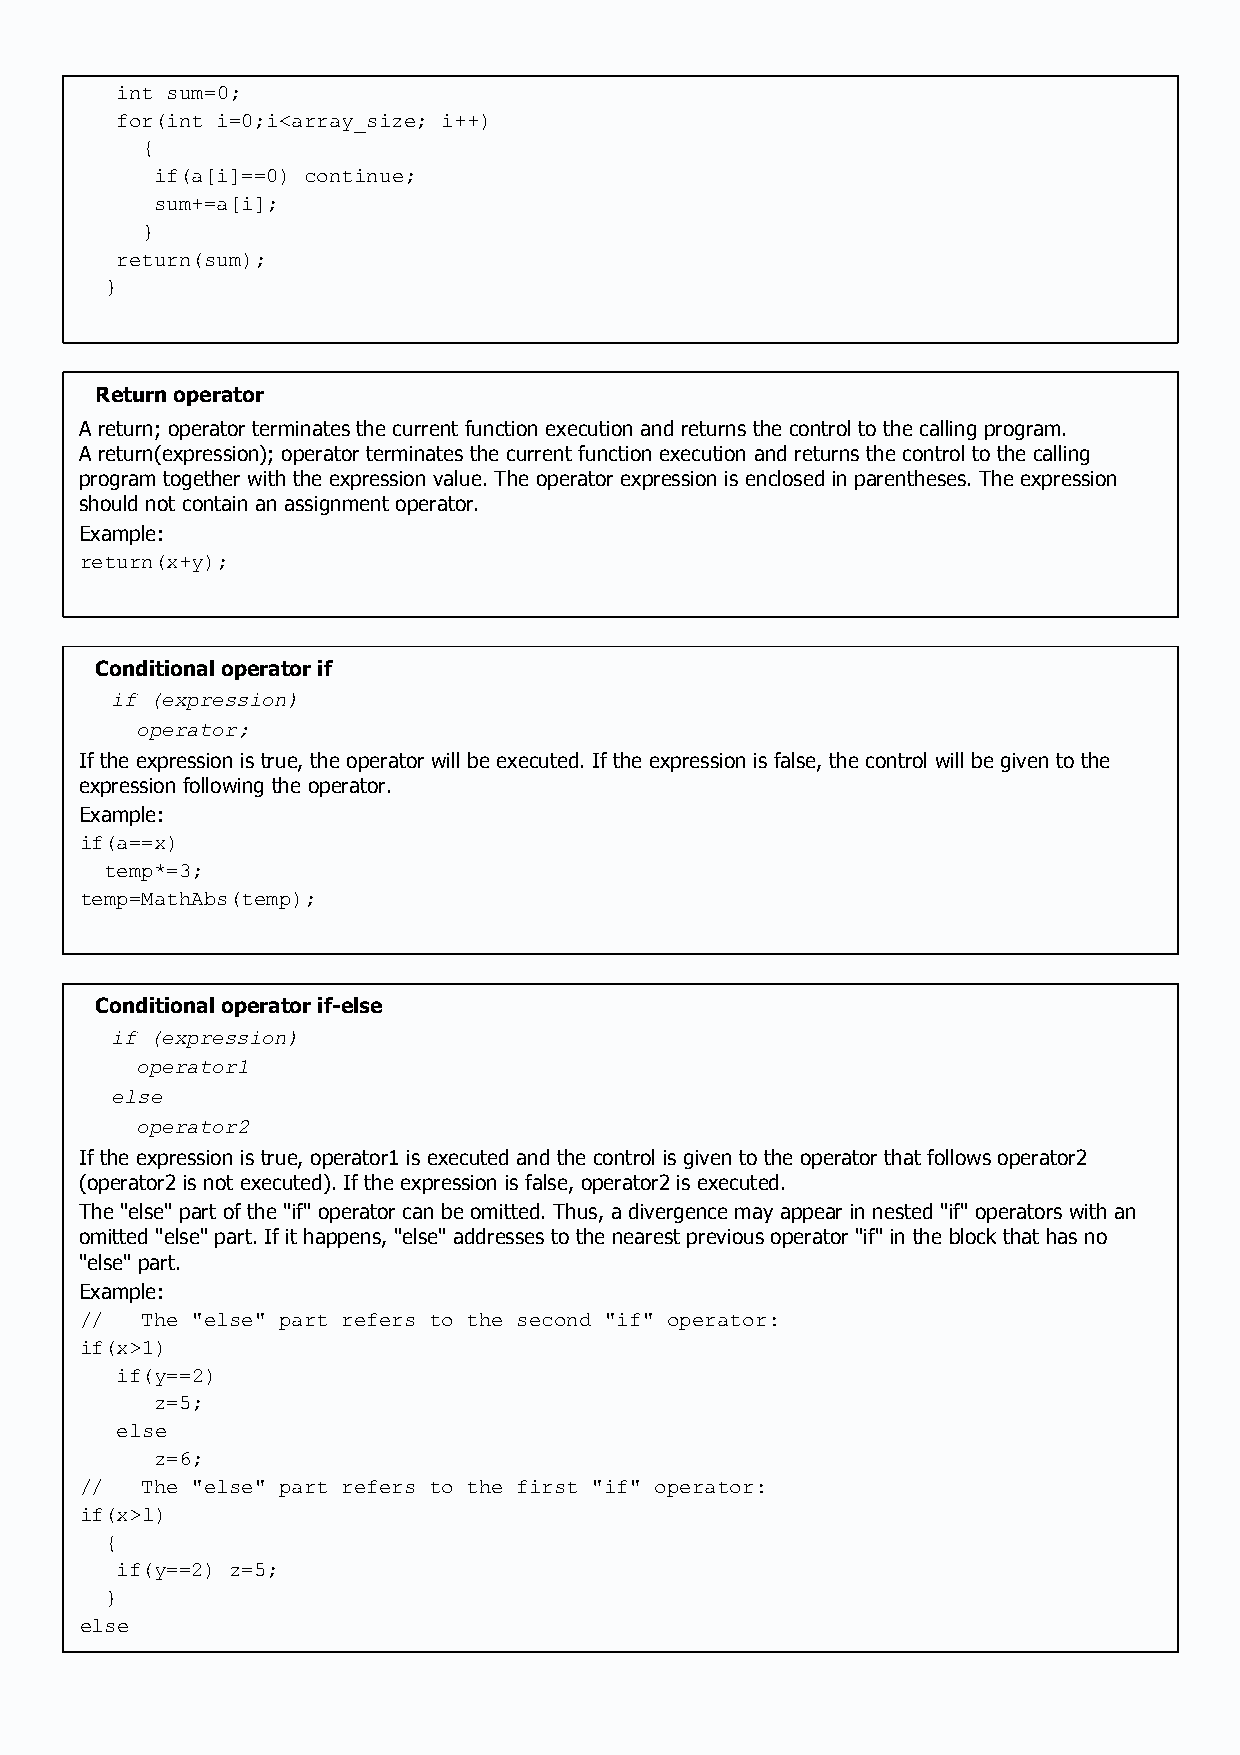
int sum=0;
 for(int i=0;i<array_size; i++)
 {
 if(a[i]==0) continue;
 sum+=a[i];
 }
 return(sum);
 }
 Return operator
 A return; operator terminates the current function execution and returns the control to the calling program.
 A return(expression); operator terminates the current function execution and returns the control to the calling
 program together with the expression value. The operator expression is enclosed in parentheses. The expression
 should not contain an assignment operator.
 Example:
 return(x+y);
 Conditional operator if
 if (expression)
 operator;
 If the expression is true, the operator will be executed. If the expression is false, the control will be given to the
 expression following the operator.
 Example:
 if(a==x)
 temp*=3;
 temp=MathAbs(temp);
 Conditional operator if-else
 if (expression)
 operator1
 else
 operator2
 If the expression is true, operator1 is executed and the control is given to the operator that follows operator2
 (operator2 is not executed). If the expression is false, operator2 is executed.
 The "else" part of the "if" operator can be omitted. Thus, a divergence may appear in nested "if" operators with an
 omitted "else" part. If it happens, "else" addresses to the nearest previous operator "if" in the block that has no
 "else" part.
 Example:
 //  The "else" part refers to the second "if" operator:
 if(x>1)
 if(y==2)
 z=5;
 else
 z=6;
 //  The "else" part refers to the first "if" operator:
 if(x>l)
 {
 if(y==2) z=5;
 }
 else